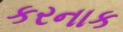
કરનાક